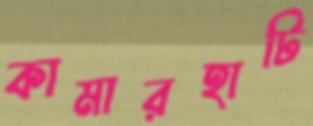
কামারহাটি